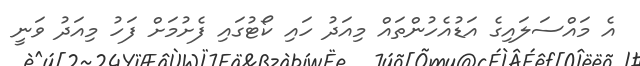
އެ މައްސަލައިގެ އަޑުއެހުންތައް މިއަދު ހައި ކޯޓުގައި ފެށުމަށް ފަހު މިއަދު ވަނީ